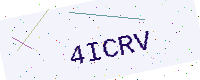
Text: 4ICRV